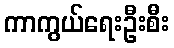
ကာကွယ်ရေးဦးစီး